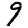
Digit: 9